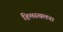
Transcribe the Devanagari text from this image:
हिमस्खलन।